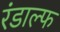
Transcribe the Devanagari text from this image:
रंडाल्फ